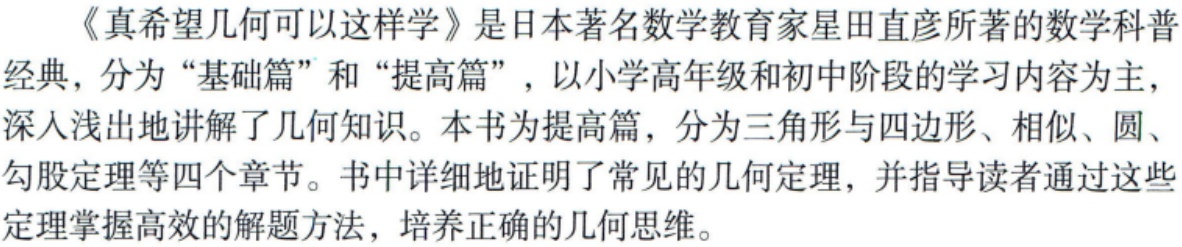
《真希望几何可以这样学》是日本著名数学教育家星田直彦所著的数学科普

经典，分为“基础篇”和“提高篇”，以小学高年级和初中阶段的学习内容为主，

深入浅出地讲解了几何知识。本书为提高篇，分为三角形与四边形、相似、圆、

勾股定理等四个章节。书中详细地证明了常见的几何定理，并指导读者通过这些

定理掌握高效的解题方法，培养正确的几何思维。